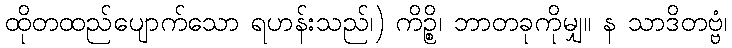
ထိုတထည်ပျောက်သော ရဟန်းသည်၊) ကိဉ္စိ၊ ဘာတခုကိုမျှ။ န သာဒိတဗ္ဗံ၊